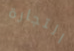
التجارة